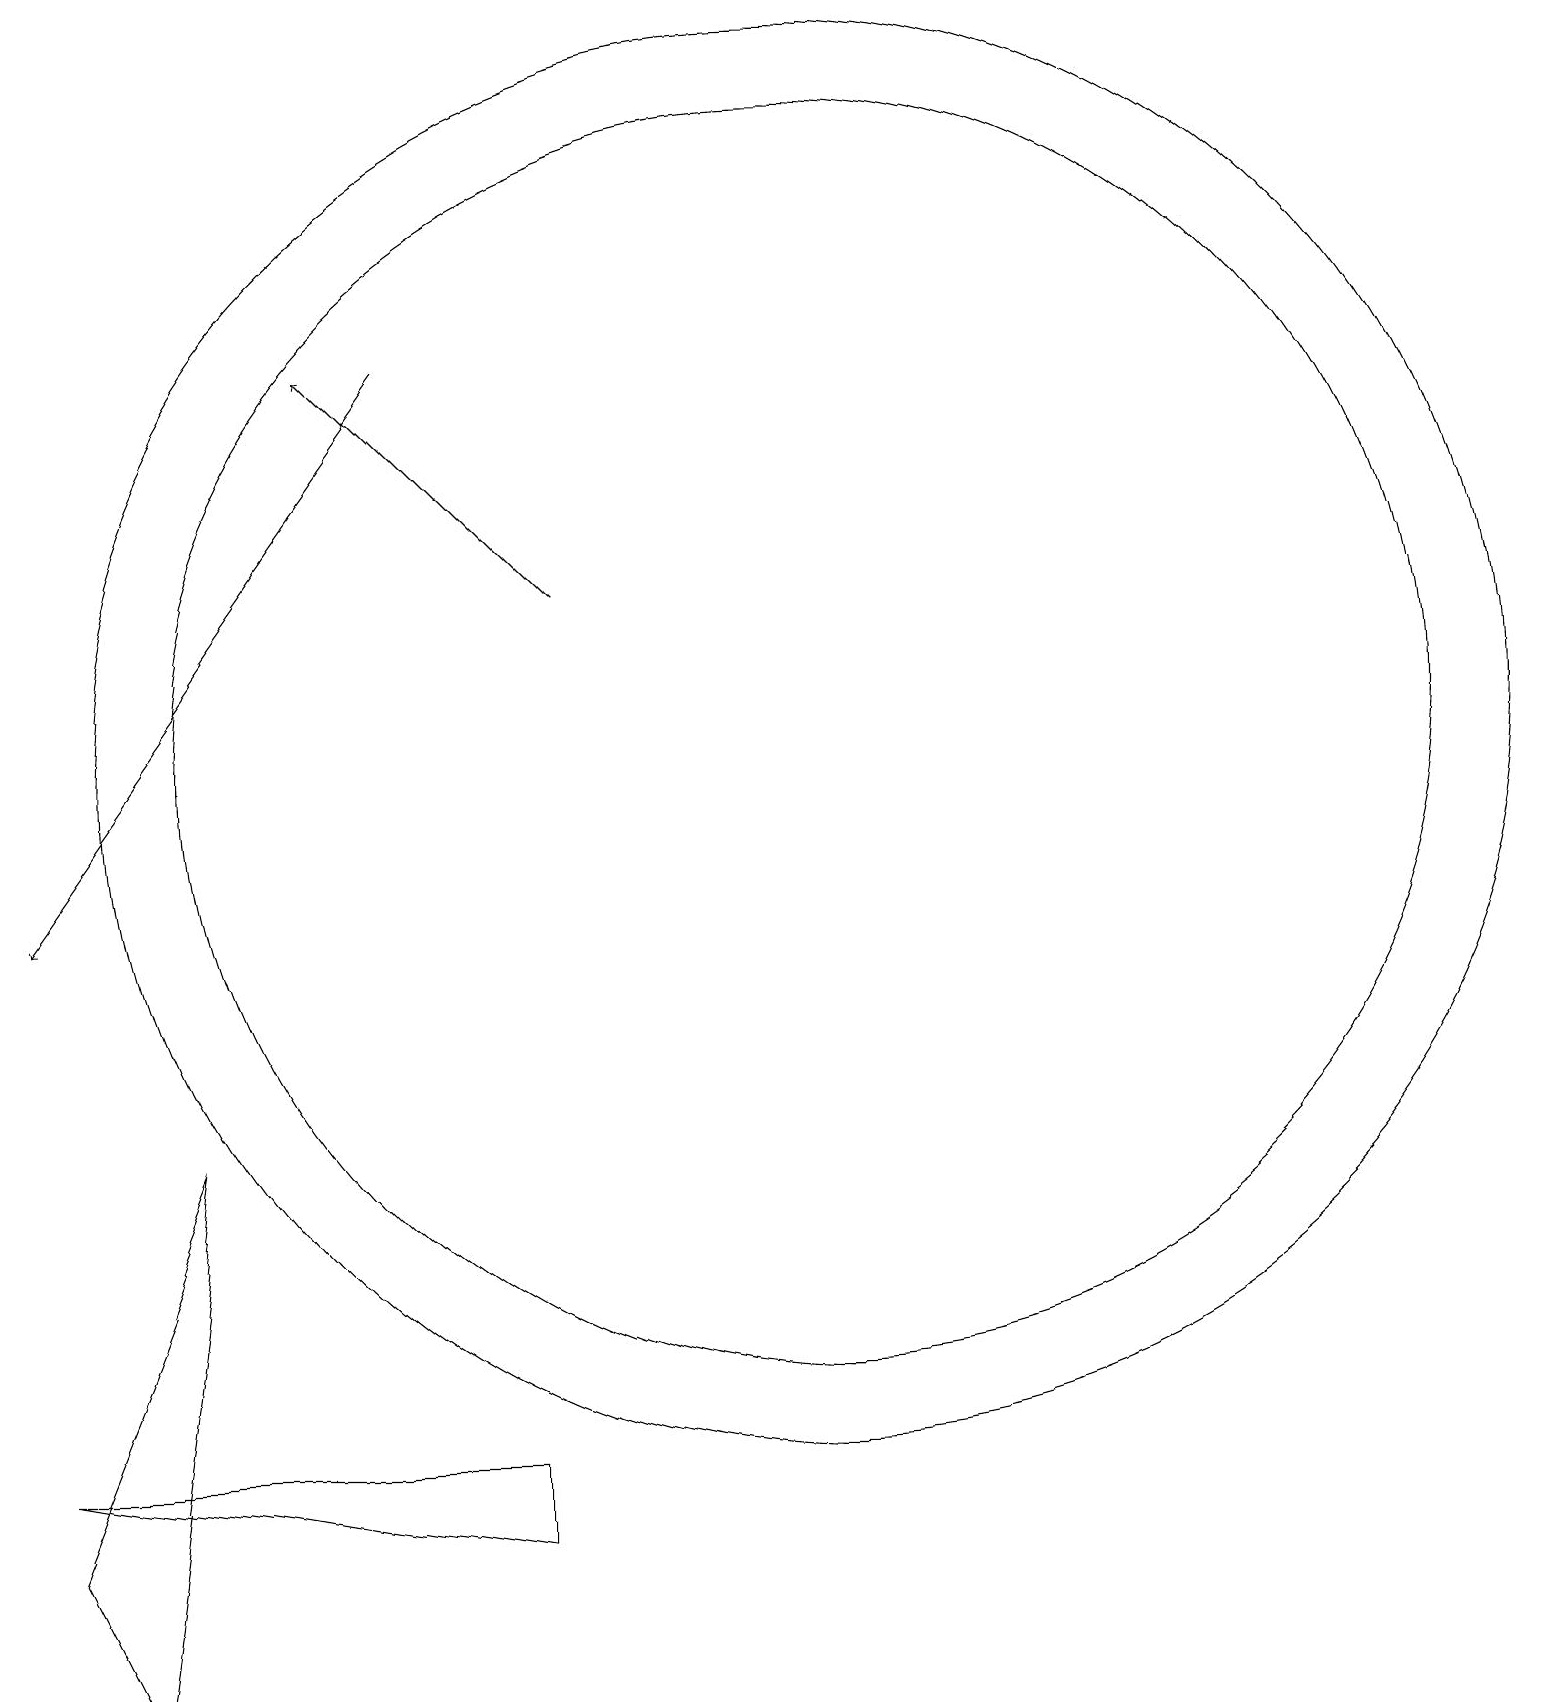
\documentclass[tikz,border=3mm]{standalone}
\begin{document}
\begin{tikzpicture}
\draw[->] (6,17) -- (1,10);
\draw (1,2) -- (3,7) -- (2,0) -- cycle;
\draw[->] (8,14) -- (5,17);
\draw (7,3) -- (7,2) -- (1,3) -- cycle;
\draw (11,12) circle (8);
\draw (11,12) circle (9);
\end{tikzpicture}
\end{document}